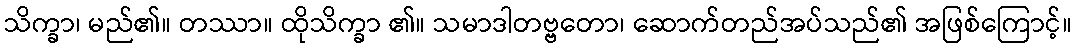
သိက္ခာ၊ မည်၏။ တဿာ။ ထိုသိက္ခာ ၏။ သမာဒါတဗ္ဗတော၊ ဆောက်တည်အပ်သည်၏ အဖြစ်ကြောင့်။